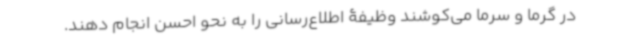
در گرما و سرما می‌کوشند وظیفۀ اطلاع‌رسانی را به نحو احسن انجام دهند.